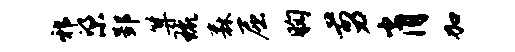
邪梁郢算琉森屈胸剪肖加